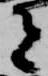
者